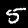
Label: 5